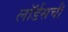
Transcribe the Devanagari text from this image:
लॉर्डसची